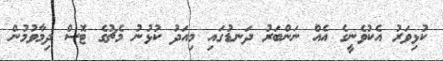
ކުޅިވަރު އެކުވެނީގެ އެއް ނަންބަރު ދަނޑުގައި މިއަދު ކުޅުނު މެޗުގެ ޓޮސް ދިމާވުމުން